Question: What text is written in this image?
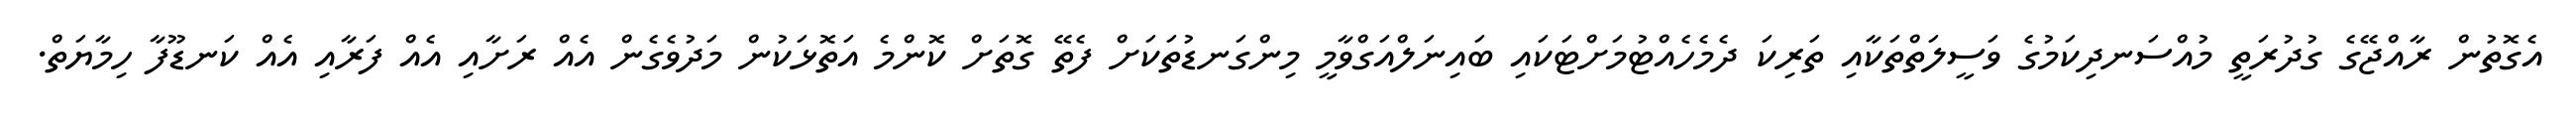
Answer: އެގޮތުން ރާއްޖޭގެ ގުދުރަތީ މުއްސަނދިކަމުގެ ވަސީލަތްތަކާއި ތަރިކަ ދެމެހެއްޓުމަށްޓަކައި ބައިނަލްއަގްވާމީ މިންގަނޑުތަކަށް ފެތޭ ގޮތަށް ކޮންމެ އަތޮޅަކުން މަދުވެގެން އެއް ރަށާއި އެއް ފަރާއި އެއް ކަނޑޫފާ ހިމާޔަތް.